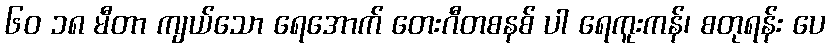
၆၀ ၁၈ မီတာ ကျယ်သော ရေအောက် တေးဂီတစနစ် ပါ ရေကူးကန်၊ စတုရန်း ပေ